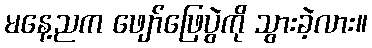
မနေ့ညက ဖျော်ဖြေပွဲကို သွားခဲ့လား။